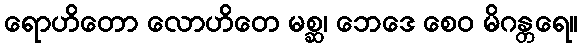
ရောဟိတော လောဟိတေ မစ္ဆ၊ ဘေဒေ စေဝ မိဂန္တရေ။